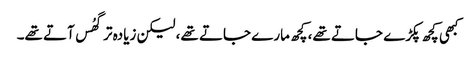
کبھی کچھ پکڑے جاتے تھے، کچھ مارے جاتے تھے، لیکن زیادہ تر گھُس آتے تھے۔